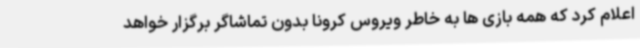
اعلام کرد که همه بازی ها به خاطر ویروس کرونا بدون تماشاگر برگزار خواهد